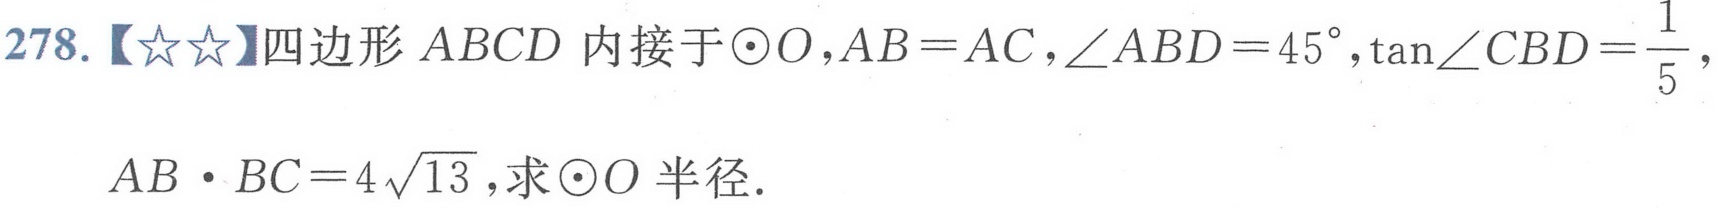
278.【☆☆】四边形 \(ABCD\) 内接于\(\odot O\)，\(AB = AC\)，\(\angle ABD = 45^{\circ}\)，\(\tan\angle CBD=\frac{1}{5}\)，
\(AB\cdot BC = 4\sqrt{13}\)，求\(\odot O\) 半径.